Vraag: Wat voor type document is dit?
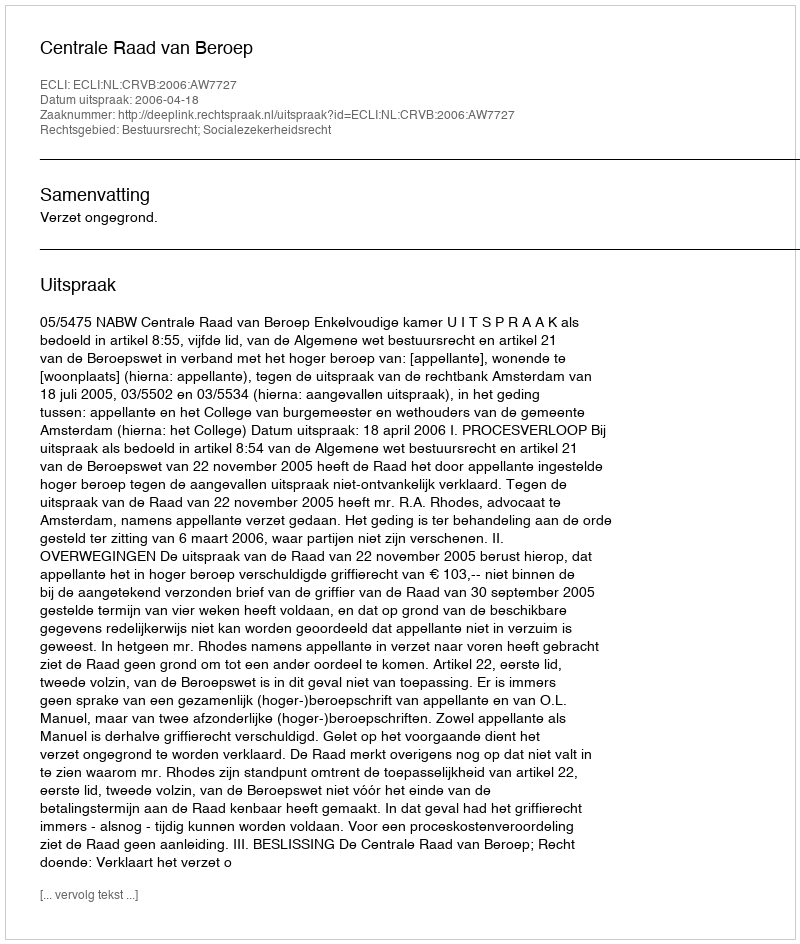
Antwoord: Uitspraak